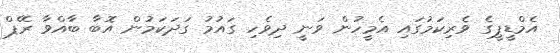
އެމްޑީޕީގެ ވެރިކަމުގައި އެމީހުން ވަނީ ދިވެހި ގައުމު ގަދަކަމުން އޮބާ ބާއްވާ ރޭޕް